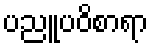
ပညူပဝိစာရာ